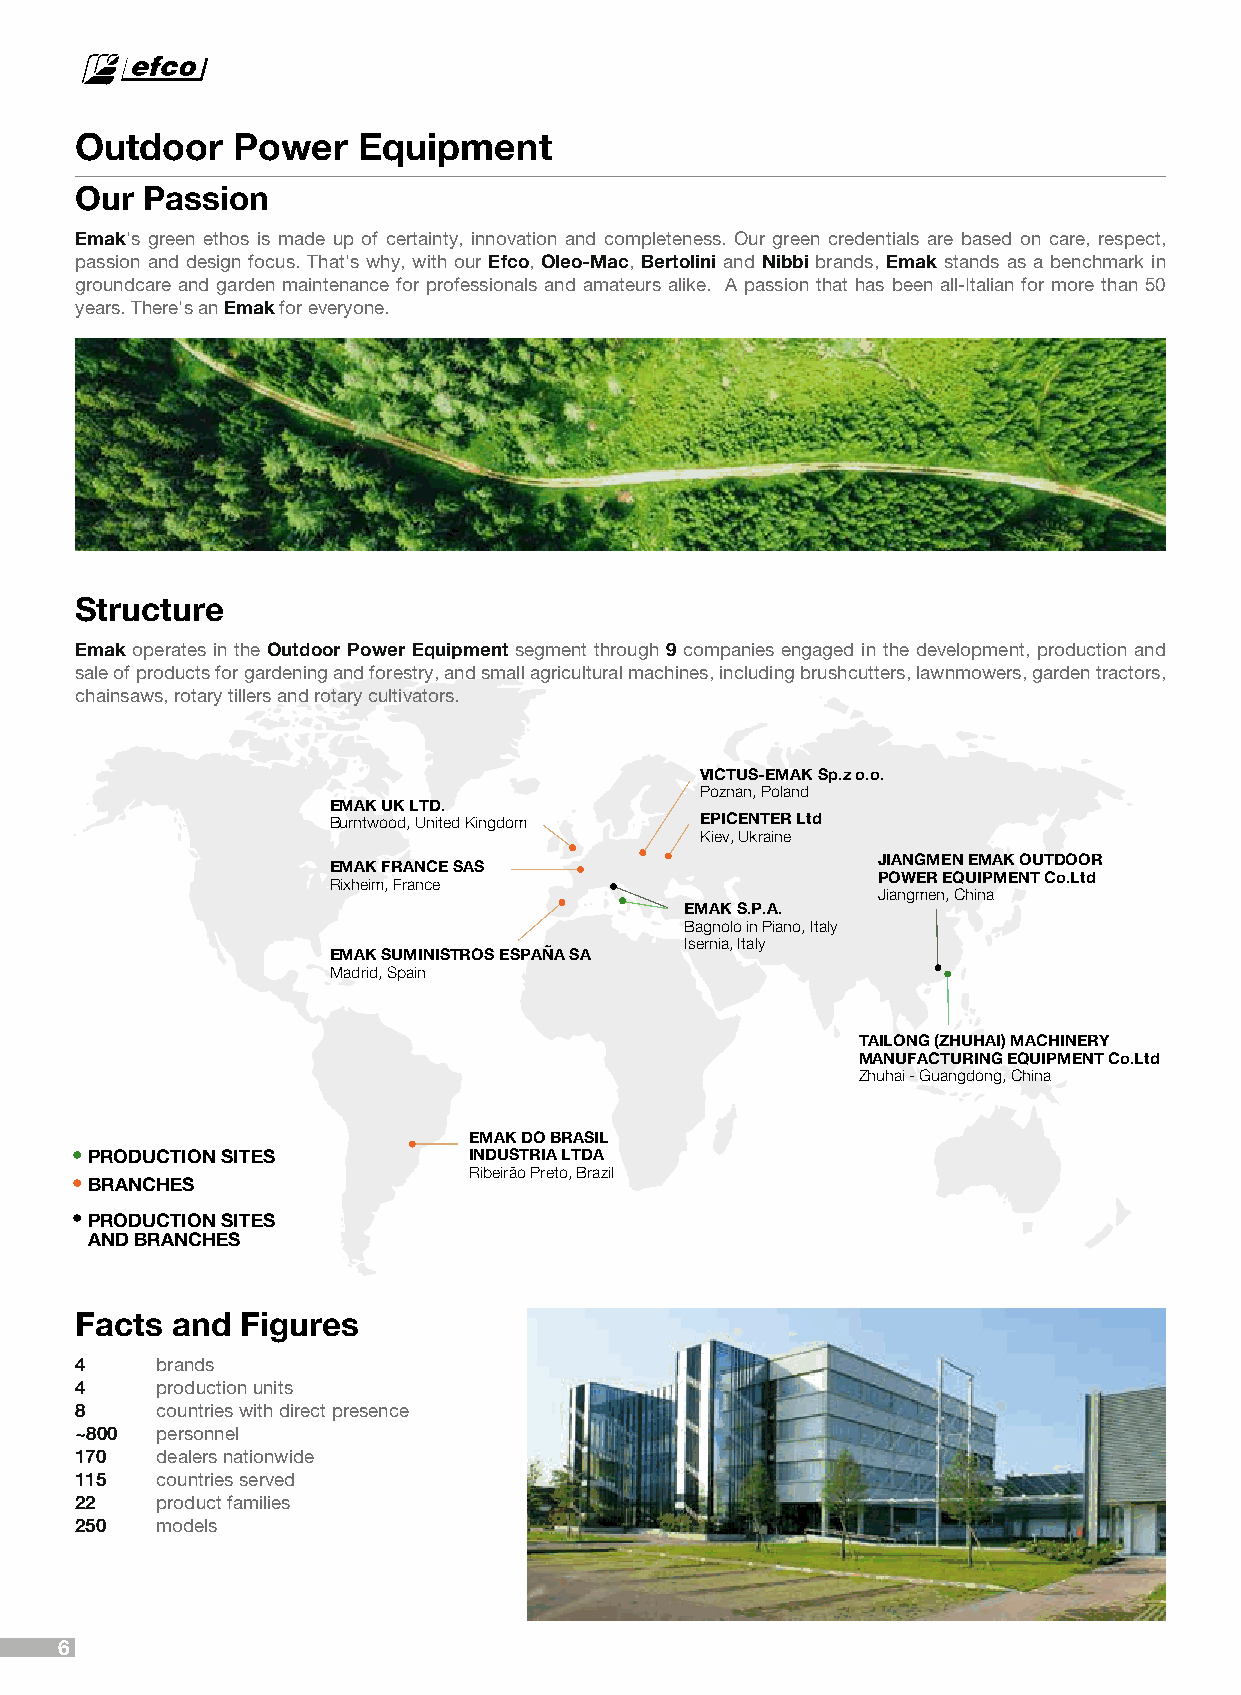
Outdoor   Power    Equipment
 Our Passion
 Emak's green ethos is made up of certainty, innovation and completeness. Our green credentials are based on care, respect,
 passion and design focus. That's why, with our Efco, Oleo-Mac, Bertolini and Nibbi brands, Emak stands as a benchmark in
 groundcare and garden maintenance for professionals and amateurs alike. A passion that has been all-Italian for more than 50
 years. There's an Emak for everyone.
 Structure
 Emak operates in the Outdoor Power Equipment segment through 9 companies engaged in the development, production and
 sale of products for gardening and forestry, and small agricultural machines, including brushcutters, lawnmowers, garden tractors,
 chainsaws, rotary tillers and rotary cultivators.
 VICTUS-EMAK Sp.z o.o.
 Poznan, Poland
 EMAK UK LTD.
 Burntwood, United Kingdom EPICENTER Ltd
 Kiev, Ukraine
 JIANGMEN EMAK OUTDOOR
 EMAK FRANCE SAS
 POWER EQUIPMENT Co.Ltd
 Rixheim, France
 Jiangmen, China
 EMAK S.P.A.
 Bagnolo in Piano, Italy
 Isernia, Italy
 EMAK SUMINISTROS ESPAÑA SA
 Madrid, Spain
 TAILONG (ZHUHAI) MACHINERY
 MANUFACTURING EQUIPMENT Co.Ltd
 Zhuhai - Guangdong, China
 EMAK DO BRASIL
 PRODUCTION SITES         INDUSTRIA LTDA
 Ribeirão Preto, Brazil
 BRANCHES
 PRODUCTION SITES
 AND BRANCHES
 Facts and  Figures
 4    brands
 4    production units
 8    countries with direct presence
 ~800 personnel
 170  dealers nationwide
 115  countries served
 22   product families
 250  models
 6